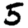
Digit: 5